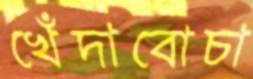
খেঁদাবোচা